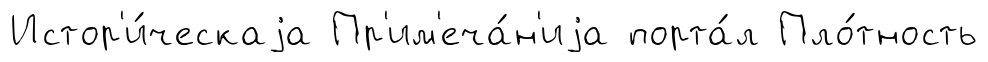
Истор'и́ческаjа Пр'им'еча́н'иjа порта́л Пло́тность